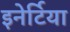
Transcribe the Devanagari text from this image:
इनेर्टिया